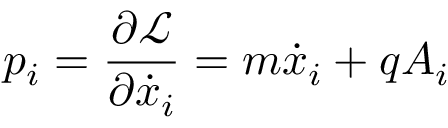
p _ { i } = { \frac { \partial { \mathcal { L } } } { \partial { \dot { x } } _ { i } } } = m { \dot { x } } _ { i } + q A _ { i }